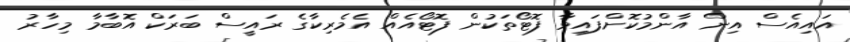
އައިއެސް އިން އާންމުކޮށްފައިވާ ފޮޓޯތަކުން ފޮޓޯއެއް އެމެރިކާގެ ރައީސް ބަރަކް އޮބާމާ މިހާރު